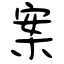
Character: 案